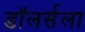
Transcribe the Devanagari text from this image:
डॉलर्सला